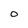
Character: 0